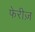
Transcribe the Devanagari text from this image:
फेरीज़